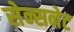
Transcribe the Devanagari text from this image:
सेन्सनेट